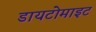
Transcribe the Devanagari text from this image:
डायटोमाइट